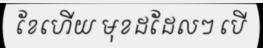
ខែហើយ មុខដដែលៗ បើ